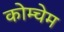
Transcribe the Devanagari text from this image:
कोम्चेम